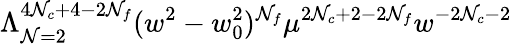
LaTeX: \Lambda_{\mathcal{N}=2}^{4\mathcal{N}_{c}+4-2\mathcal{N}_{f}}(w^{2}-w_{0}^{2})^{\mathcal{N}_{f}}\mu^{2\mathcal{N}_{c}+2-2\mathcal{N}_{f}}w^{-2\mathcal{N}_{c}-2}